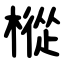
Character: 樅